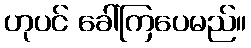
ဟုပင် ခေါ်ကြပေမည်။